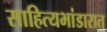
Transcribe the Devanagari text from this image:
साहित्यभांडारात